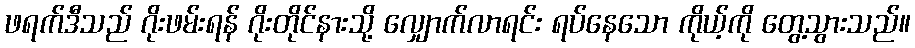
ဖရက်ဒီသည် ဂိုးဖမ်းရန် ဂိုးတိုင်နားသို့ လျှောက်လာရင်း ရပ်နေသော ကိုယ့်ကို တွေ့သွားသည်။